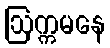
ဩက္ကမနေ